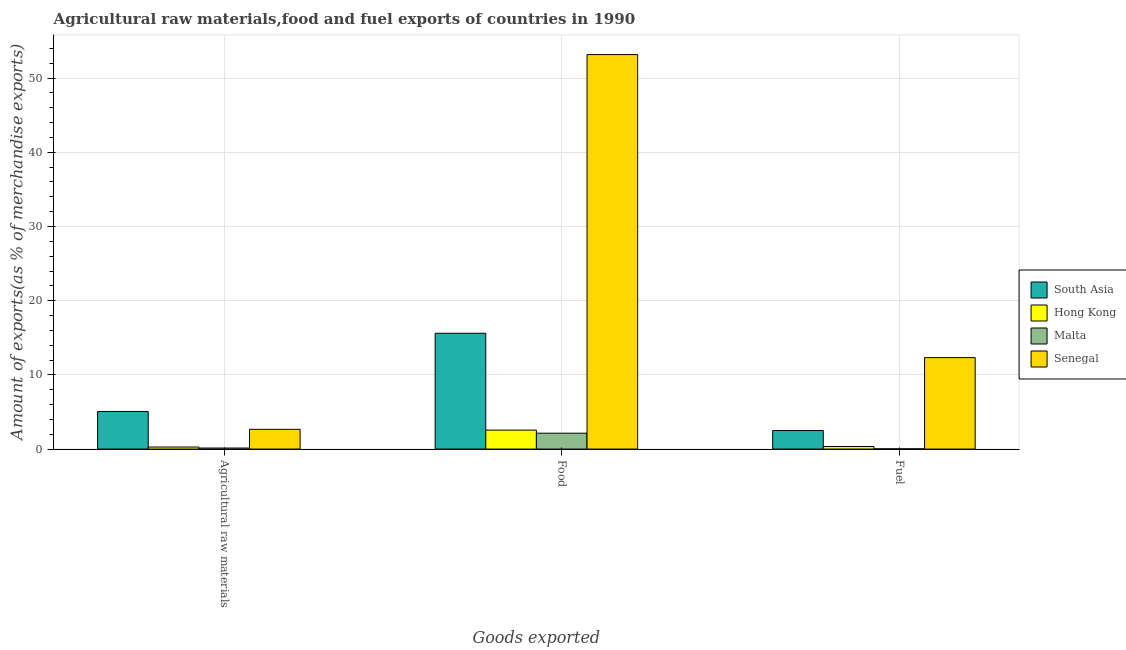
| Goods exported | South Asia | Hong Kong | Malta | Senegal |
 | --- | --- | --- | --- | --- |
 | Agricultural raw materials | 5.07 | 0.275 | 0.139 | 2.66 |
 | Food | 15.6 | 2.56 | 2.14 | 53.2 |
 | Fuel | 2.5 | 0.345 | 0.0345 | 12.3 |